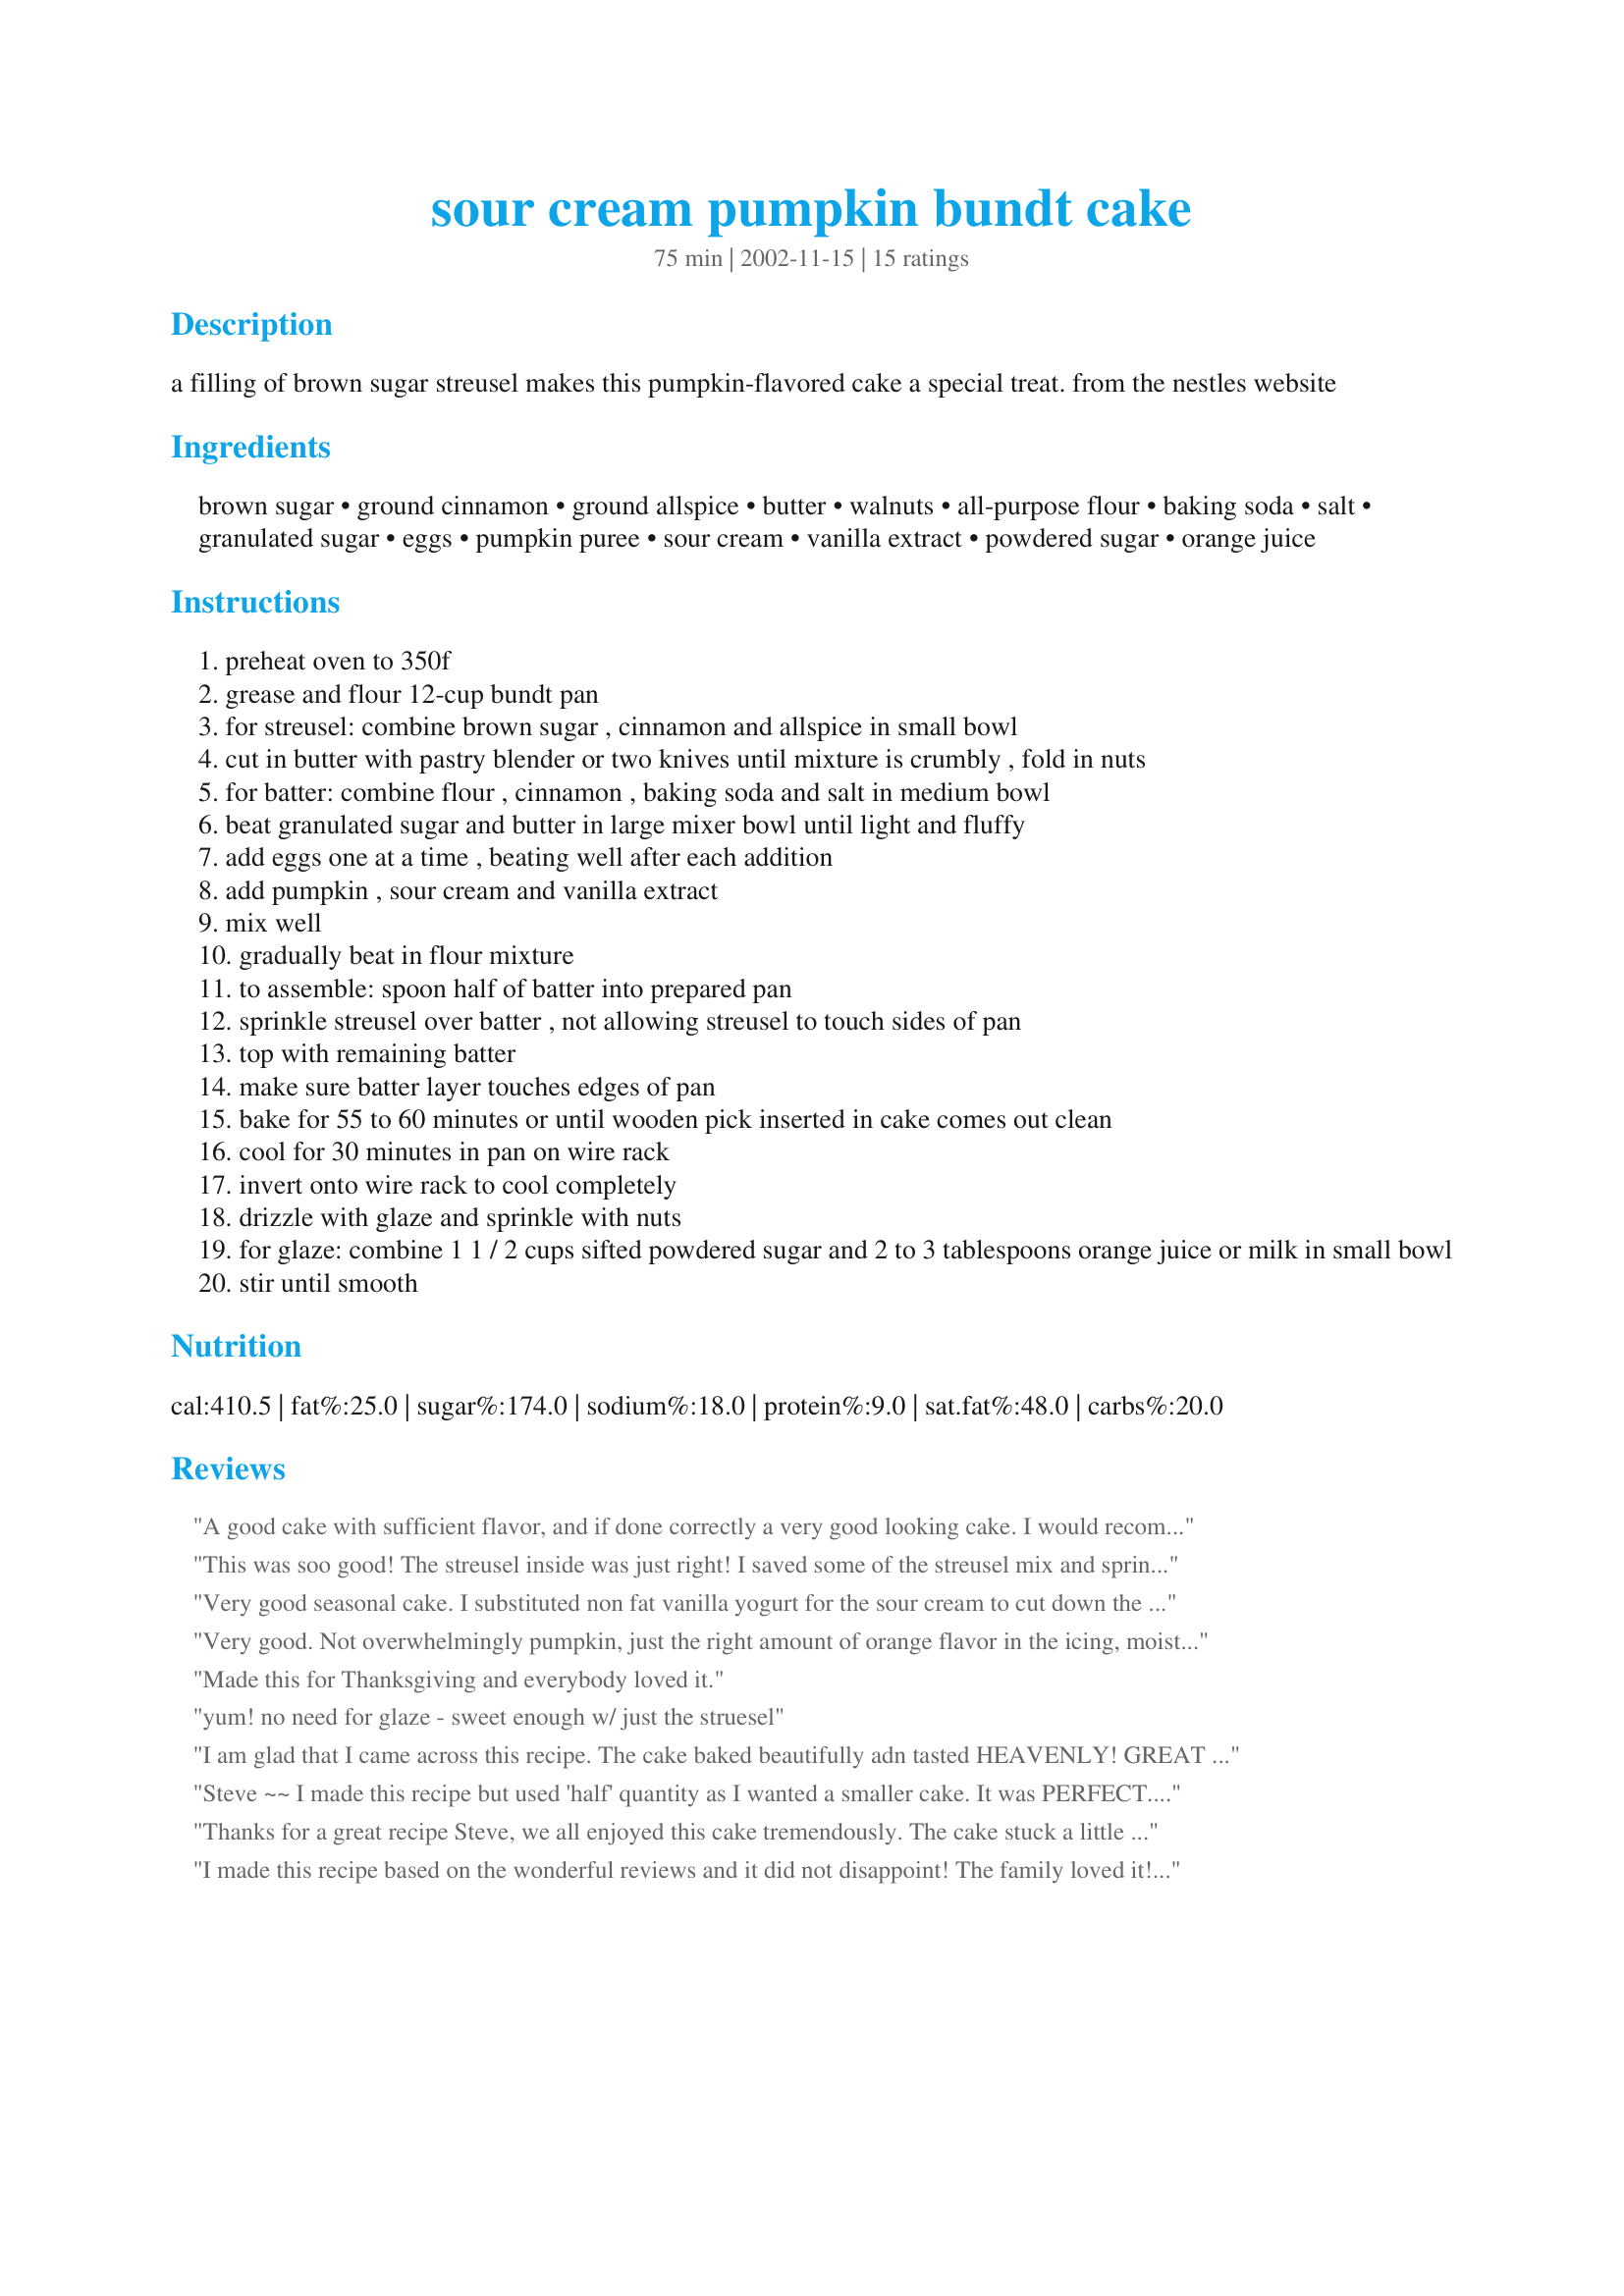
sour cream pumpkin bundt cake
Preparation time: 75 minutes

a filling of brown sugar streusel makes this pumpkin-flavored cake a special treat. from the nestles website

Ingredients:
brown sugar, ground cinnamon, ground allspice, butter, walnuts, all-purpose flour, baking soda, salt, granulated sugar, eggs, pumpkin puree, sour cream, vanilla extract, powdered sugar, orange juice

Steps:
preheat oven to 350f
grease and flour 12-cup bundt pan
for streusel: combine brown sugar , cinnamon and allspice in small bowl
cut in butter with pastry blender or two knives until mixture is crumbly , fold in nuts
for batter: combine flour , cinnamon , baking soda and salt in medium bowl
beat granulated sugar and butter in large mixer bowl until light and fluffy
add eggs one at a time , beating well after each addition
add pumpkin , sour cream and vanilla extract
mix well
gradually beat in flour mixture
to assemble: spoon half of batter into prepared pan
sprinkle streusel over batter , not allowing streusel to touch sides of pan
top with remaining batter
make sure batter layer touches edges of pan
bake for 55 to 60 minutes or until wooden pick inserted in cake comes out clean
cool for 30 minutes in pan on wire rack
invert onto wire rack to cool completely
drizzle with glaze and sprinkle with nuts
for glaze: combine 1 1 / 2 cups sifted powdered sugar and 2 to 3 tablespoons orange juice or milk in small bowl
stir until smooth

Reviews:
A good cake with sufficient flavor, and if done correctly a very good looking cake. I would recommend using the orange juice to make the glaze, not milk or cream, but perhaps add some almond extract. The streusel wasn't bad, but I felt it needed something. Finally the sour cream made for a very moist cake, but surprisingly not as moist as I suspected. However I am a very rough critic of dessert, but overall a good cake.
This was soo good! The streusel inside was just right! I saved some of the streusel mix and sprinkled it on top of the cake. It wasn't too dry, which I find is the case sometimes with bundt cake. I took it to a family dinner and everyone loved it! I will be making this again, especially in the autumn months!
Very good seasonal cake. I substituted non fat vanilla yogurt for the sour cream to cut down the fat grams and used pecans instead of walnuts. The only changes I would make next time are to halve the glaze amount and toast the nuts before sprinkling on top. Otherwise it really fit the bill!
Very good. Not overwhelmingly pumpkin, just the right amount of orange flavor in the icing, moist and delicious. The center filling was just what the cake needed for that extra something special.
Made this for Thanksgiving and everybody loved it.
yum! no need for glaze - sweet enough w/ just the struesel
I am glad that I came across this recipe. The cake baked beautifully adn tasted HEAVENLY! 
GREAT ONE! Thanx :)
Steve ~~ I made this recipe but used 'half' quantity as I wanted a smaller cake. It was PERFECT.. It is very easy to make and the flavor is scrumptious. The one thing I did differently, was to divide the Streusel mix in half .. putting half in the middle (as per recipe) then the other half I sprinkled on top of the cake. I served it with a dollop of whipped cream. This is a KEEPER.. thanks a bunch. :)
Thanks for a great recipe Steve, we all enjoyed this cake tremendously. The cake stuck a little on the bottom, so I just covered it with an orange juice/icing sugar icing instead of a glaze - no one noticed it (or they were just being polite).
I made this recipe based on the wonderful reviews and it did not disappoint! The family loved it! It mixes up beautifully and came out great when baked. 60 minutes on the dot did it for me. Next time, I will reduce the sugar in both the cake and the streusel filling.
Amazing!!! This cake was exactly what I was hoping to find a recipe for, after seeing a mix for sale (and of course I said, "I can make that without a mix!") This recipe made that possible, and it turned out so beautifully... and delicious!! To reduce the fat, I substituted applesauce for half of the butter (1/2c. butter, 1/2c. applesauce) and I used plain yogurt instead of sour cream (significant fat reduction, but tastes the same). We ate 1/4 of this cake before it was cooled, and ended up not even using the glaze... maybe next time, because there *will* be a next time!
Insane good! I normally never change a thing first time around with a recipe but I Did make two tiny adjustments. I used butter because it's far healthier than margarine and since I've never made a bundt Cake with only baking soda I split the difference and used one tsp baking powder/one tsp b soda. I also used half unbleached AP flour and half cake flour using the same measurements with no amount adjustments of either and because of the cinnamon streusel in the middle I did Not put cinnamon in the batter of the cake. Not being sure which brown sugar to use I used LB sugar. I ate this cake &quot;just a slice&quot; at a time down in a week! It was worth it and when I drop the three pounds I gained I'm going in again :) Beautiful texture and moistness Never changed the whole week I had it on the counter under a cake dome either, good to the end. Oh, I also lowered the sugar in the batter mix up by 1/3 cup and still the cake's plenty sweet and it didn't effect the cooking results one bit. I will keep this recipe Forever!
Delicious!! The cake came out light and fluffy, and the streusel mix is incredible. I made the glaze with milk as that is what I had on hand... I think the orange juice would be delicious and plan to try that the next time. Thanks so much for this excellent recipe!!Dianne
I chose this recipe for Pick a Chef '06. It is a wonderful tasting cake. I know I will be preparing this one several times; especially in the fall and winter months. I used orange juice in the glaze and that gave it a delicious flavor. Thanks, Steve for posting this. It is one I will be preparing many times. :)
This was a great recipe. Nice moist cake. We didn't include nuts, which are banned at my daughter's school. She took a lot of it to school. It makes a nice big cake. Great for a potluck. My daughter and I both loved it. It definitely is a keeper. I'll use it over and over again.
